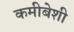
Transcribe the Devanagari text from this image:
कमीबेशी